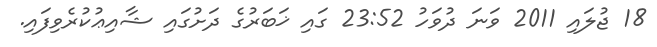
18 ޖުލައި 2011 ވަނަ ދުވަހު 23:52 ގައި ޚަބަރުގެ ދަށުގައި ޝާއިޢުކުރެވިފައި.